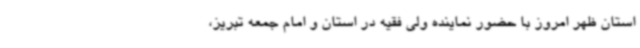
استان ظهر امروز با حضور نماینده ولی فقیه در استان و امام جمعه تبریز،